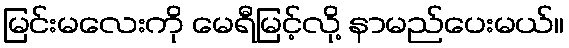
မြင်းမလေးကို မေရီမြင့်လို့ နာမည်ပေးမယ်။